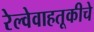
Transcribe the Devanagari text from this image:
रेल्वेवाहतूकीचे